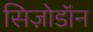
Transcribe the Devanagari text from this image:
सिज़ोडॉन